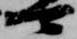
可